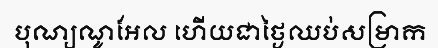
បុណ្យណូអែល ហើយជាថ្ងៃឈប់សម្រាក